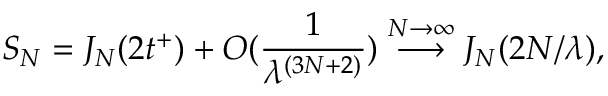
S _ { N } = J _ { N } ( 2 t ^ { + } ) + O ( \frac { 1 } { \lambda ^ { ( 3 N + 2 ) } } ) \stackrel { N \rightarrow \infty } { \longrightarrow } J _ { N } ( 2 N / \lambda ) ,